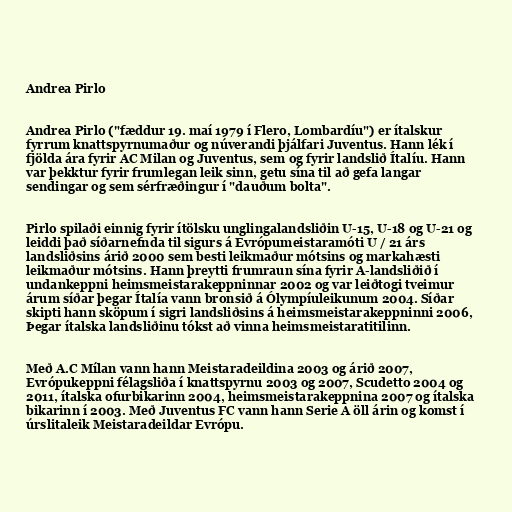
Andrea Pirlo

Andrea Pirlo ("fæddur 19. maí 1979 í Flero, Lombardíu") er ítalskur
fyrrum knattspyrnumaður og núverandi þjálfari Juventus. Hann lék í
fjölda ára fyrir AC Milan og Juventus, sem og fyrir landslið Ítalíu. Hann
var þekktur fyrir frumlegan leik sinn, getu sína til að gefa langar
sendingar og sem sérfræðingur í "dauðum bolta".

Pirlo spilaði einnig fyrir ítölsku unglingalandsliðin U-15, U-18 og U-21 og
leiddi það síðarnefnda til sigurs á Evrópumeistaramóti U / 21 árs
landsliðsins árið 2000 sem besti leikmaður mótsins og markahæsti
leikmaður mótsins. Hann þreytti frumraun sína fyrir A-landsliðið í
undankeppni heimsmeistarakeppninnar 2002 og var leiðtogi tveimur
árum síðar þegar Ítalía vann bronsið á Ólympíuleikunum 2004. Síðar
skipti hann sköpum í sigri landsliðsins á heimsmeistarakeppninni 2006,
Þegar ítalska landsliðinu tókst að vinna heimsmeistaratitilinn.

Með A.C Mílan vann hann Meistaradeildina 2003 og árið 2007,
Evrópukeppni félagsliða í knattspyrnu 2003 og 2007, Scudetto 2004 og
2011, ítalska ofurbikarinn 2004, heimsmeistarakeppnina 2007 og ítalska
bikarinn í 2003. Með Juventus FC vann hann Serie A öll árin og komst í
úrslitaleik Meistaradeildar Evrópu.